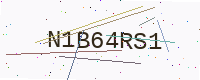
Text: N1B64RS1